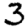
Digit: 3